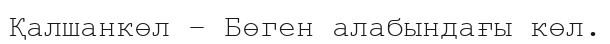
Қалшанкөл – Бөген алабындағы көл.